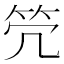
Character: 𥫺